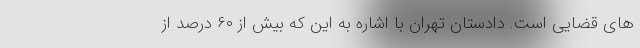
های قضایی است. دادستان تهران با اشاره به این که بیش از ۶۰ درصد از